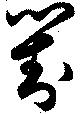
対